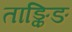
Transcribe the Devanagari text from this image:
ताङ्किङ